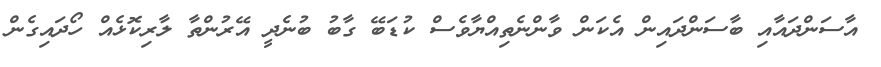
އާސަންދައާއި ބާސަންދައިން އެކަން ވާންނެތިއްޔާވެސް ކުޑަބޭ ގާބު ބުނެދީ އޭރުންތާ ލާރިކޮޅެއް ހޯދައިގެން